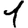
Digit: 1